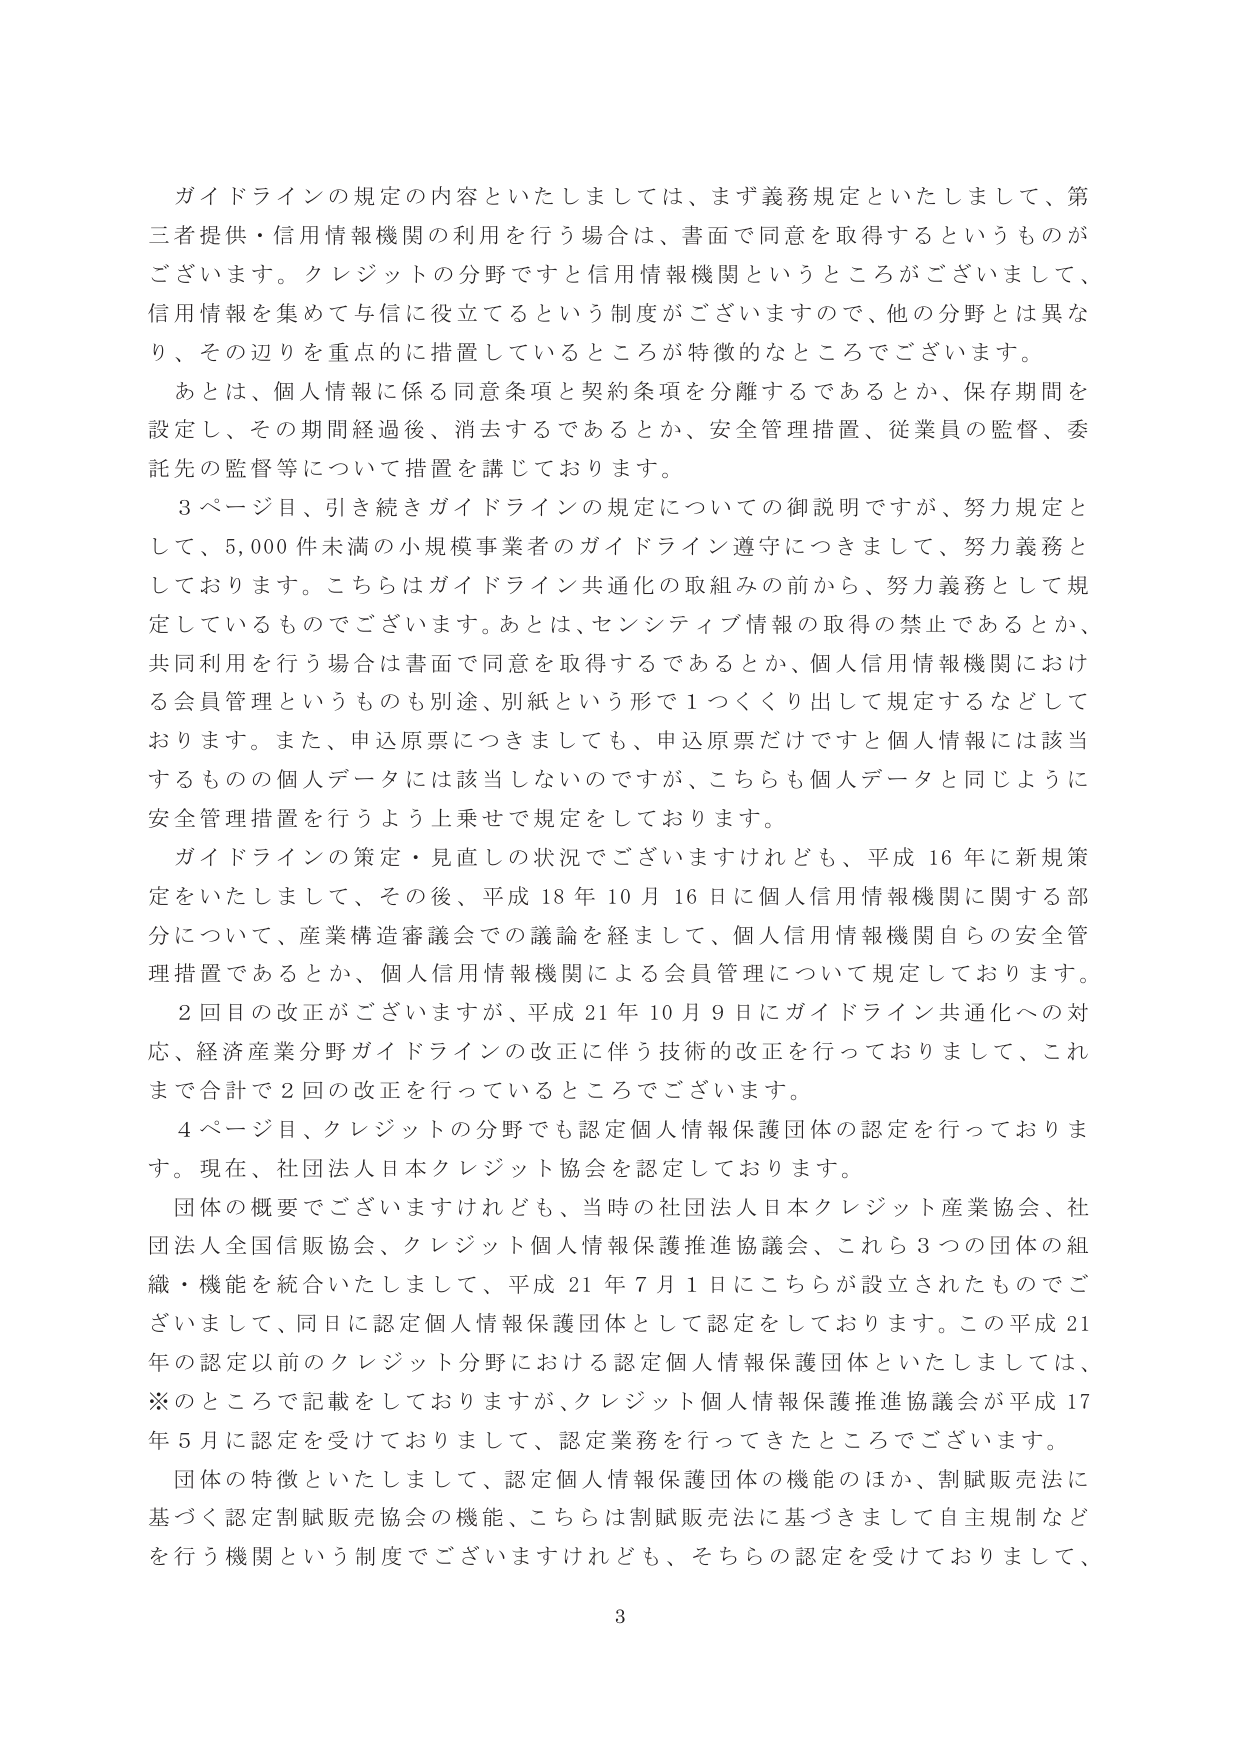
ガイドラインの規定の内容といたしましては、まず義務規定といたしまして、第三者提供・信用情報機関の利用を行う場合は、書面で同意を取得するというものがございます。クレジットの分野ですと信用情報機関というところがございまして、信用情報を集めて与信に役立てるという制度がございますので、他の分野とは異なり、その辺りを重点的に措置しているところが特徴的なところでございます。

あとは、個人情報に係る同意条項と契約条項を分離するであるとか、保存期間を設定し、その期間経過後、消去するであるとか、安全管理措置、従業員の監督、委託先の監督等について措置を講じております。

3ページ目、引き続きガイドラインの規定についての御説明ですが、努力規定として、5,000件未満の小規模事業者のガイドライン遵守につきまして、努力義務としております。こちらはガイドライン共通化の取組みの前から、努力義務として規定しているものでございます。あとは、センシティブ情報の取得の禁止であるとか、共同利用を行う場合は書面で同意を取得するであるとか、個人信用情報機関における会員管理というのも別途、別紙という形で1つくくり出して規定するなどしております。また、申込原票につきましても、申込原票だけですと個人情報には該当するものの個人データには該当しないのですが、こちらも個人データと同じように安全管理措置を行うよう上乗せで規定をしております。

ガイドラインの策定・見直しの状況でございますけれども、平成16年に新規策定をいたしまして、その後、平成18年10月16日に個人信用情報機関に関する部分について、産業構造審議会での議論を経まして、個人信用情報機関自らの安全管理措置であるとか、個人信用情報機関による会員管理について規定しております。

2回目の改正がございますが、平成21年10月9日にガイドライン共通化への対応、経済産業分野ガイドラインの改正に伴う技術的改正を行っておりまして、これまで合計で2回の改正を行っているところでございます。

4ページ目、クレジットの分野でも認定個人情報保護団体の認定を行っております。現在、社団法人日本クレジット協会を認定しております。

団体の概要でございますけれども、当時の社団法人日本クレジット産業協会、社団法人全国信販協会、クレジット個人情報保護推進協議会、これら3つの団体の組織・機能を統合いたしまして、平成21年7月1日にこちらが設立されたものでございまして、同日に認定個人情報保護団体として認定をしております。この平成21年の認定以前のクレジット分野における認定個人情報保護団体といたしましては、※のところで記載をしておりますが、クレジット個人情報保護推進協議会が平成17年5月に認定を受けておりまして、認定業務を行ってきたところでございます。

団体の特徴といたしまして、認定個人情報保護団体の機能のほか、割賦販売法に基づく認定割賦販売協会の機能、こちらは割賦販売法に基づきまして自主規制などを行う機関という制度でございますけれども、そちらの認定を受けておりまして、

3